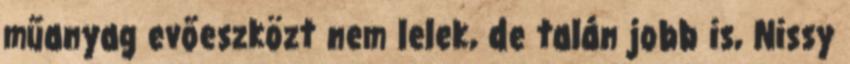
műanyag evőeszközt nem lelek, de talán jobb is, Nissy